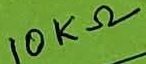
Text: 10KΩ